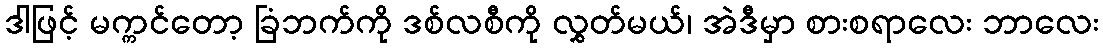
ဒါဖြင့် မက္ကင်တော့ ခြံဘက်ကို ဒစ်လစီကို လွှတ်မယ်၊ အဲဒီမှာ စားစရာလေး ဘာလေး